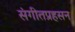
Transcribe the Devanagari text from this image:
संगीतप्रहसन